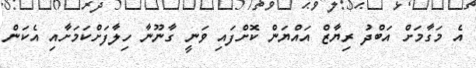
އެ މަގާމަށް އަބްދު ރިޔާޒް އައްޔަން ކޮށްފައި ވަނީ ގާނޫނާ ހިލާފަށްކަމަށާއި އެކަން